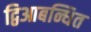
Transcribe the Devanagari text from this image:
द्विआबन्धित